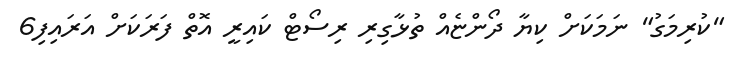
"ކުރިމަގު" ނަމަކަށް ކިޔާ ދޯންޏެއް ތުޅާގިރި ރިސޯޓް ކައިރީ އޮތް ފަރަކަށް އަރައިފި6